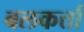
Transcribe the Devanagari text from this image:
बलकर्त्ता